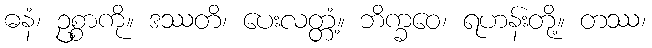
ဓနံ၊ ဥစ္စာကို။ ဒဿတိ၊ ပေးလတ္တံ့။ ဘိက္ခဝေ၊ ရဟန်းတို့။ တဿ၊